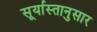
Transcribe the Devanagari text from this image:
सूर्यास्तानुसार